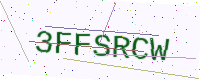
Text: 3FFSRCW